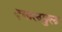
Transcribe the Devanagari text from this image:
दयालपुल